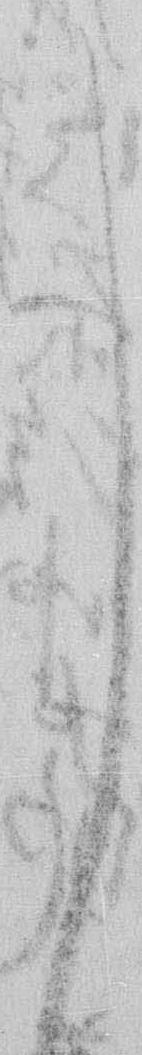
し